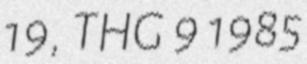
19, THG 9 1985